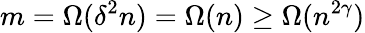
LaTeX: m=\Omega(\delta^{2}n)=\Omega(n)\geq\Omega(n^{2\gamma})